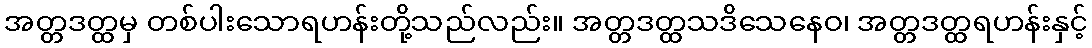
အတ္တဒတ္ထမှ တစ်ပါးသောရဟန်းတို့သည်လည်း။ အတ္တဒတ္ထသဒိသေနေဝ၊ အတ္တဒတ္ထရဟန်းနှင့်